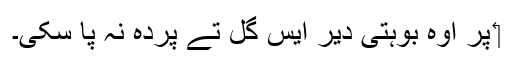
‏ پر اوہ بوہتی دیر ایس گل تے پردہ نہ پا سکی۔